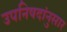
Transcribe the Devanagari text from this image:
उपनिषदांनुसार